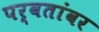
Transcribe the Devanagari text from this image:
पर्वतांवर